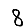
Digit: 8